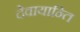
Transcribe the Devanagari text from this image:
देवायान्ति